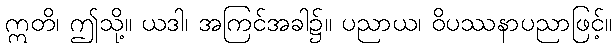
ဣတိ၊ ဤသို့။ ယဒါ၊ အကြင်အခါ၌။ ပညာယ၊ ဝိပဿနာပညာဖြင့်။